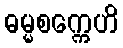
ဓမ္မစက္ကေဟိ